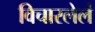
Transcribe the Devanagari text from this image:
विचारलेलं